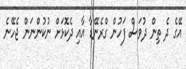
އޭގެ ދެ ތިން ދުވަސް ފަހުން ގްރެނޭޑާ އާއި ދެކޮޅަށް ނުކުންނަން ޖެހޭނެ